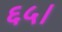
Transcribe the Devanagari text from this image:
६५।